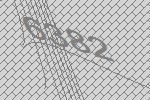
6382